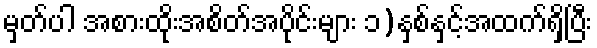
မှတ်ပါ အစားထိုးအစိတ်အပိုင်းများ ၁)နှစ်နှင့်အထက်ရှိပြီး